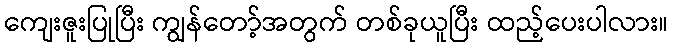
ကျေးဇူးပြုပြီး ကျွန်တော့်အတွက် တစ်ခုယူပြီး ထည့်ပေးပါလား။